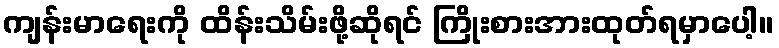
ကျန်းမာရေးကို ထိန်းသိမ်းဖို့ဆိုရင် ကြိုးစားအားထုတ်ရမှာပေါ့။